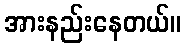
အားနည်းနေတယ်။